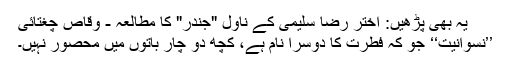
یہ بھی پڑھیں: اختر رضا سلیمی کے ناول "جندر" کا مطالعہ - وقاص چغتائی
’’نسوانیت‘‘ جو کہ فطرت کا دوسرا نام ہے، کچھ دو چار باتوں میں محصور نہیں۔